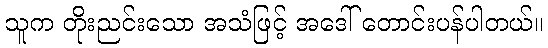
သူက တိုးညင်းသော အသံဖြင့် အဒေါ် တောင်းပန်ပါတယ်။